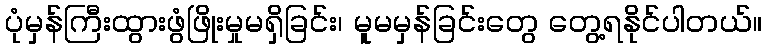
ပုံမှန်ကြီးထွားဖွံဖြိုးမှုမရှိခြင်း၊ မူမမှန်ခြင်းတွေ တွေ့ရနိုင်ပါတယ်။